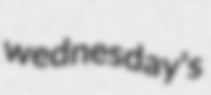
wednesday's